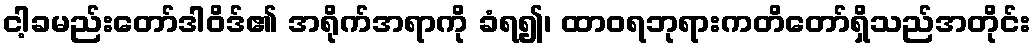
ငါ့ခမည်းတော်ဒါဝိဒ်၏ အရိုက်အရာကို ခံရ၍၊ ထာဝရဘုရားကတိတော်ရှိသည်အတိုင်း